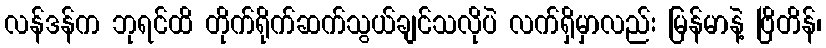
လန်ဒန်က ဘုရင်ထိ တိုက်ရိုက်ဆက်သွယ်ချင်သလိုပဲ လက်ရှိမှာလည်း မြန်မာနဲ့ ဗြိတိန်၊